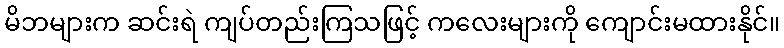
မိဘများက ဆင်းရဲ ကျပ်တည်းကြသဖြင့် ကလေးများကို ကျောင်းမထားနိုင်။